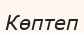
Көптеп